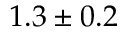
1 . 3 \pm 0 . 2